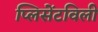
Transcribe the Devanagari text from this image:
प्लिसेंटविली